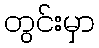
တွင်းမှာ